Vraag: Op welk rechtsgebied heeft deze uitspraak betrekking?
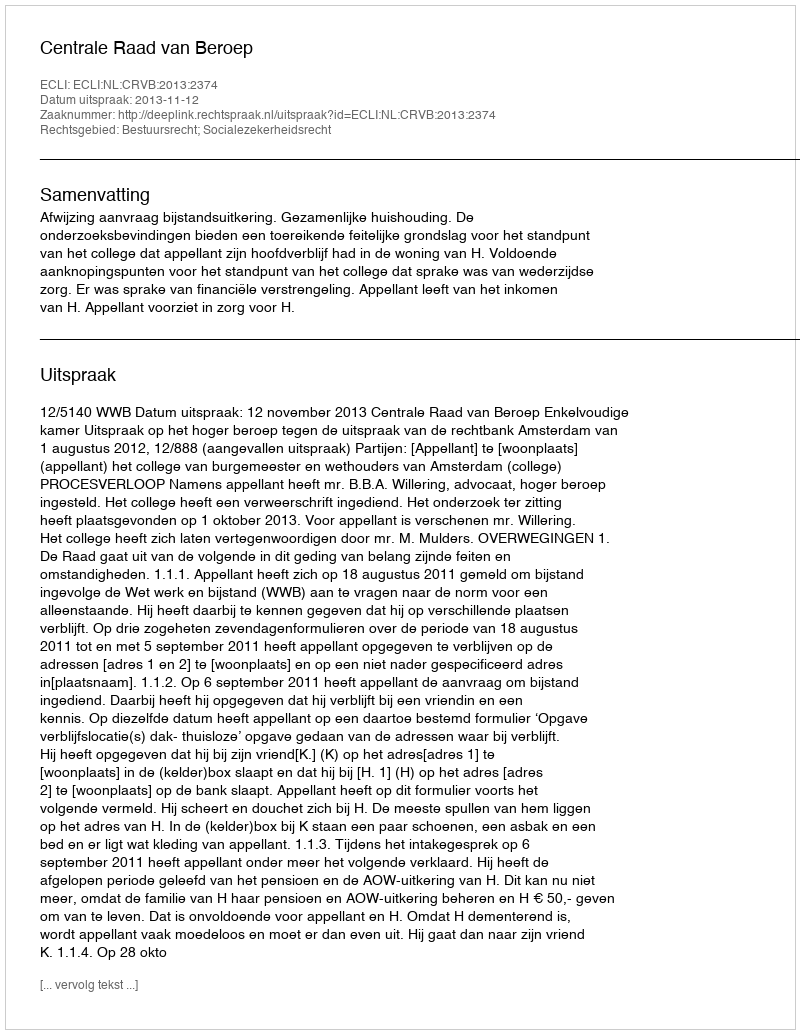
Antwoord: Bestuursrecht; Socialezekerheidsrecht